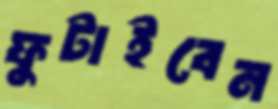
ফুটাইবেন